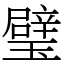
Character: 璧